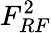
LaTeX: F_{RF}^{2}